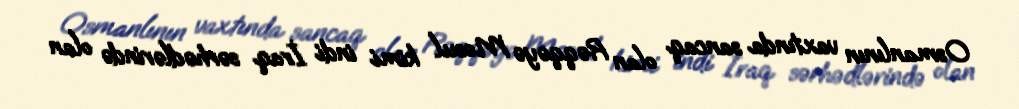
Osmanlının vaxtında sancaq olan Rəqqəyə Mosul kimi indi İraq sərhədlərində olan